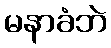
မနာခံဘဲ